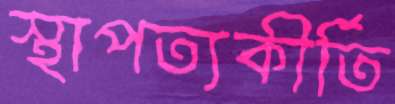
স্থাপত্যকীর্তি